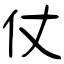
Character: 仗